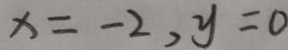
x = - 2 , y = 0